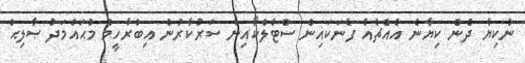
ނުކިޔާ ދެން ކިޔާނެ އެއްޗެއެް ފެނަކައިން ސްޓެލްކޯއިން ސަރުކާރުން އިބްރާހީމް މުޙައްމަދު ޞާލިޙް